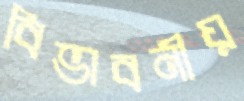
বিভাবনীয়